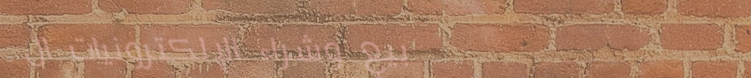
بيع وشراء الإلكترونيات ال